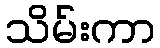
သိမ်းကာ